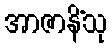
အာဇာနိံသု